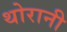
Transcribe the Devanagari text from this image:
थोरानी